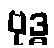
ဗုဒ္ဓ